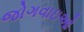
જોગવાઇઓ